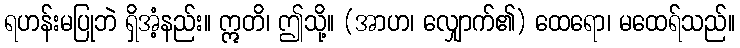
ရဟန်းမပြုဘဲ ရှိအံ့နည်း။ ဣတိ၊ ဤသို့။ (အာဟ၊ လျှောက်၏) ထေရော၊ မထေရ်သည်။